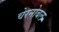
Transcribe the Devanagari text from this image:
चेरनोबल